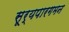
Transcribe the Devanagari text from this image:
सूर्यपारगमन